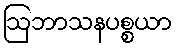
ဩဘာသနပစ္စယာ